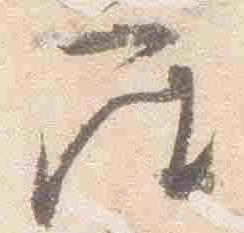
座